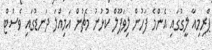
ޕްރިމިއާ ލީގުގައި އެންމެ ފަހުން ލިވަޕޫލް ކުޅުނު މެޗުން އަމިއްލަ ދަނޑުގައި ވެސްޓް